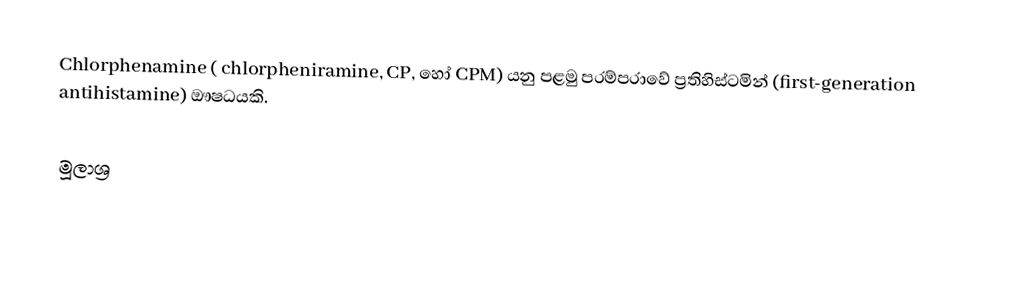
Chlorphenamine ( chlorpheniramine, CP, හෝ CPM) යනු පළමු පරම්පරාවේ ප්‍රතිහිස්ටමින් (first-generation antihistamine) ඖෂධයකි.

මූලාශ්‍ර